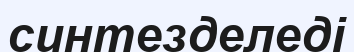
синтезделеді